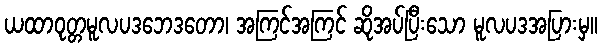
ယထာဝုတ္တမူလပဒဘေဒတော၊ အကြင်အကြင် ဆိုအပ်ပြီးသော မူလပဒအပြားမှ။